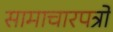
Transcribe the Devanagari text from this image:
सामाचारपत्रों